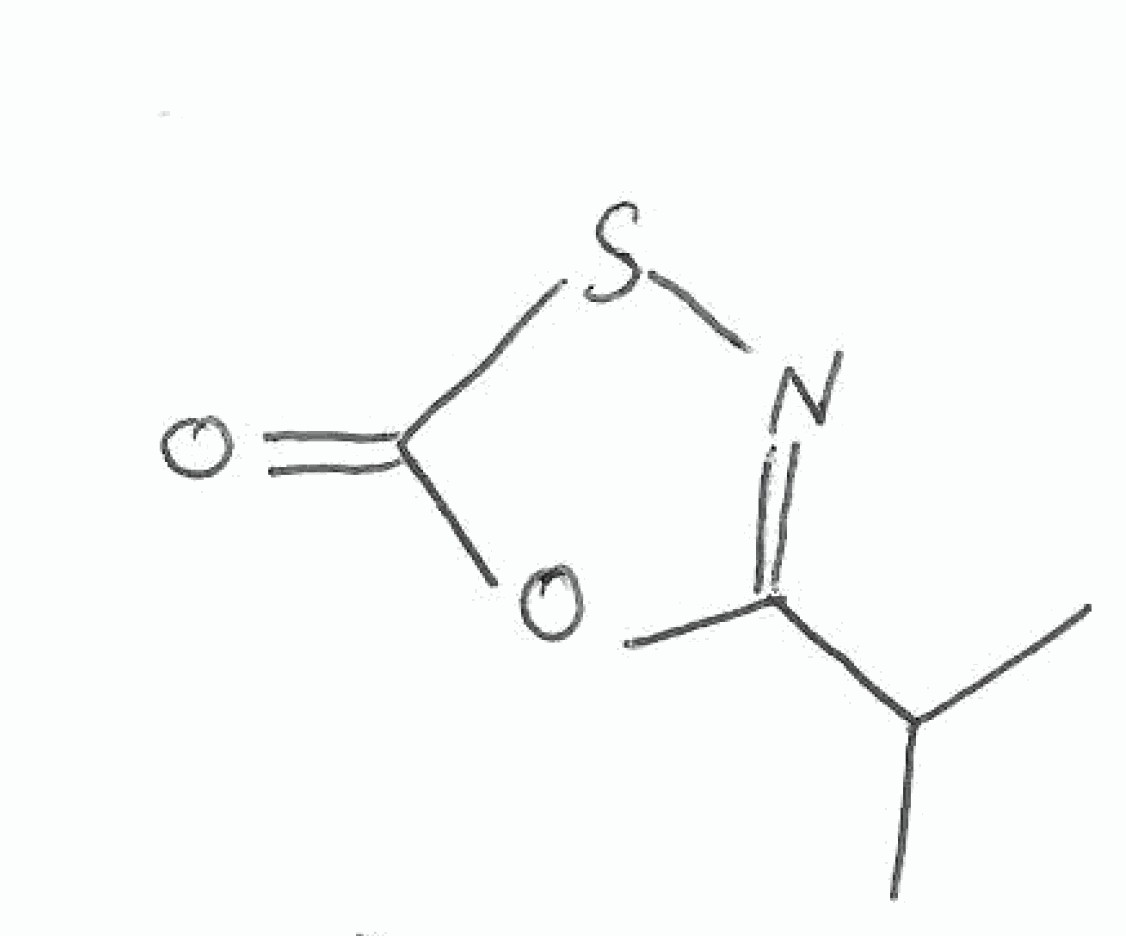
Simplified molecular-input line-entry system (SMILES) notation of the given molecule:
CC(C)C1=NSC(=O)O1